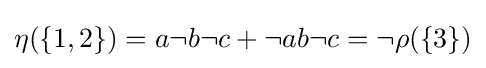
{\textstyle \eta (\{1,2\})=a\neg b\neg c+\neg ab\neg c=\neg \rho (\{3\})}